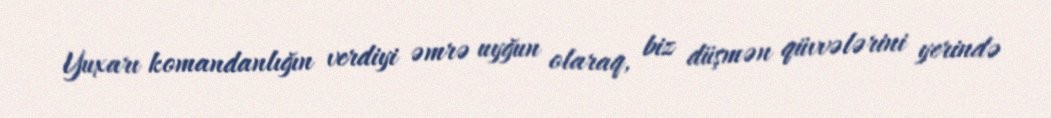
Yuxarı komandanlığın verdiyi əmrə uyğun olaraq, biz düşmən qüvvələrini yerində